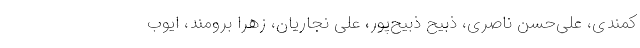
کمندی، علی‌حسن ناصری، ذبیح ذبیح‌پور، علی نجاریان، زهرا برومند، ایوب